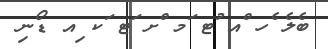
ބެލެ ެހ ްއ ުޓ ަމ ްށ ަޓ ަކ ިއ ޑޯނި